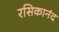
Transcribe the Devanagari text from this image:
रसिकानंद